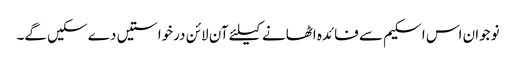
نوجوان اس اسکیم سے فائدہ اٹھانے کیلئے آن لائن درخواستیں دے سکیں گے۔